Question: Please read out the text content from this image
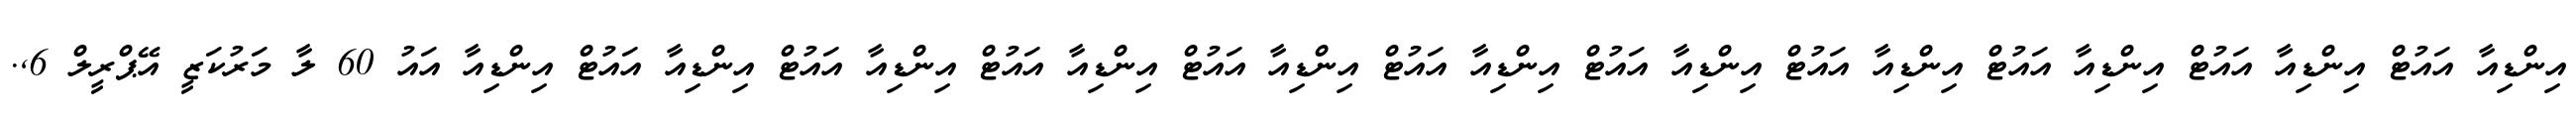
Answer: އިންޑިއާ އައުޓް އިންޑިއާ އައުޓް އިންޑިއާ އައުޓް އިންޑިއާ އައުޓް އިންޑިއާ އައުޓް އިންޑިއާ އައުޓް އިންޑިއާ އައުޓް އިންޑިއާ އައުޓް އިންޑިއާ އައުޓް އިންޑިއާ އައުޓް އިންޑިއާ އައު 60 ލާ މަރުކަޒީ އޭޕްރީލް 6,.